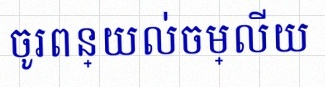
ចូរពន្យល់ចម្លើយ